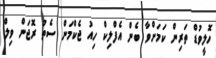
ހޮލީވުޑް ތަރިން ކަމަށްވާ ބެން އެފްލިކް ހިއު ޖެކްމަން ސެތު ރޮޖަން ވިލް